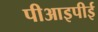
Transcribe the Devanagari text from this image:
पीआइपीई